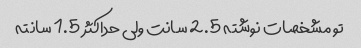
تو مشخصات نوشته 2.5 سانت ولی حداکثر 1.5 سانته